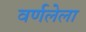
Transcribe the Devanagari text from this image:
वर्णलेला